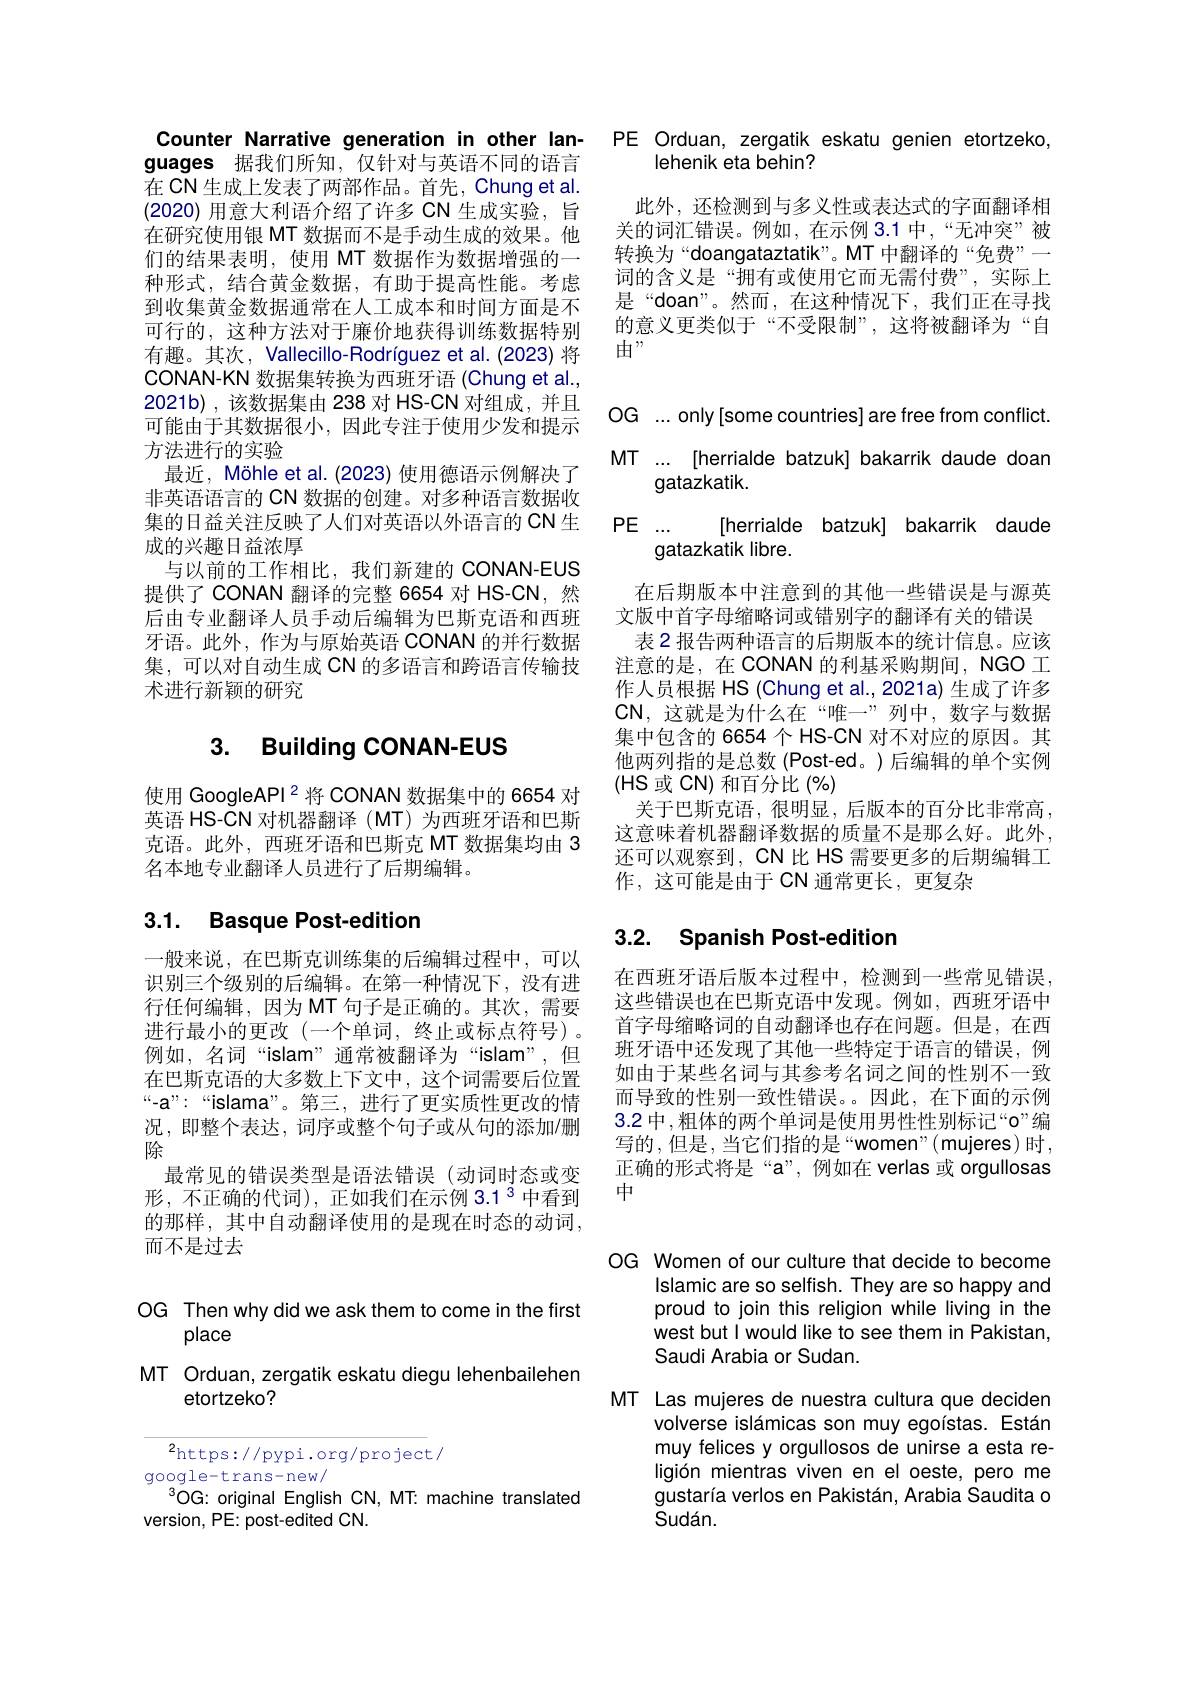
guages 据我们所知，仅针对与英语不同的语言在 CN 生成上发表了两部作品。首先，Chung et al. (2020)用意大利语介绍了许多 CN 生成实验，旨在研究使用银 MT 数据而不是手动生成的效果。他们的结果表明，使用 MT 数据作为数据增强的一种形式，结合黄金数据，有助于提高性能。考虑到收集黄金数据通常在人工成本和时间方面是不可行的，这种方法对于廉价地获得训练数据特别有趣。其次，Vallecillo-Rodríguez et al. (2023) 将CONAN-KN 数据集转换为西班牙语 (Chung et al., 2021b),该数据集由 238 对 HS-CN 对组成，并且可能由于其数据很小，因此专注于使用少发和提示方法进行的实验
最近，Möhle et al. (2023) 使用德语示例解决了非英语语言的 CN 数据的创建。对多种语言数据收集的日益关注反映了人们对英语以外语言的 CN 生成的兴趣日益浓厚
与以前的工作相比，我们新建的 CONAN-EUS 提供了 CONAN 翻译的完整 6654 对 HS-CN,然后由专业翻译人员手动后编辑为巴斯克语和西班牙语。此外，作为与原始英语 CONAN 的并行数据集，可以对自动生成 CN 的多语言和跨语言传输技术进行新颖的研究

# 3. Building CONAN-EUS

使用 GoogleAPI$^{2}$将 CONAN 数据集中的 6654 对英语 HS-CN 对机器翻译 (MT) 为西班牙语和巴斯克语。此外，西班牙语和巴斯克 MT 数据集均由 3名本地专业翻译人员进行了后期编辑。

# 3.1. Basque Post-edition

一般来说，在巴斯克训练集的后编辑过程中，可以识别三个级别的后编辑。在第一种情况下，没有进行任何编辑，因为 MT 句子是正确的。其次，需要进行最小的更改(一个单词，终止或标点符号)。例如，名词“islam”通常被翻译为“islam”,但在巴斯克语的大多数上下文中，这个词需要后位置“-a”:““islama”。第三，进行了更实质性更改的情况，即整个表达，词序或整个句子或从句的添加/删除
最常见的错误类型是语法错误(动词时态或变形，不正确的代词),正如我们在示例 3.1$^{3}$中看到的那样，其中自动翻译使用的是现在时态的动词， 而不是过去

OG Then why did we ask them to come in the first
place

MT Orduan, zergatik eskatu diegu lehenbailehen
etortzeko?

$^{2}$https://pypi.org/project/
google-trans-new/
$^{3}$OG: original English CN, MT: machine translated
version, PE: post-edited CN.

Counter Narrative generation in other lan- PE Orduan, zergatik eskatu genien etortzeko
lehenik eta behin?

此外，还检测到与多义性或表达式的字面翻译相关的词汇错误。例如，在示例 3.1 中，“无冲突”被转换为“doangataztatik”。MT 中翻译的“免费”— 词的含义是“拥有或使用它而无需付费”,实际上是“doan”。然而，在这种情况下，我们正在寻找的意义更类似于“不受限制”,这将被翻译为“自由”

OG ...only[some countries] are free from conflict. MT ... [herrialde batzuk] bakarrik daude doan
gatazkatik.
$PE ...$
[herrialde batzuk] bakarrik daude
gatazkatik libre.
在后期版本中注意到的其他一些错误是与源英文版中首字母缩略词或错别字的翻译有关的错误
表 2 报告两种语言的后期版本的统计信息。应该注意的是，在 CONAN 的利基采购期间，NGO 工作人员根据 HS (Chung et al., 2021a) 生成了许多$\mathbf{CN}$,这就是为什么在“唯一”列中，数字与数据集中包含的 6654 个 HS-CN 对不对应的原因。其他两列指的是总数(Post-ed。)后编辑的单个实例(HS 或 CN) 和百分比 (%)
关于巴斯克语，很明显，后版本的百分比非常高， 这意味着机器翻译数据的质量不是那么好。此外， 还可以观察到，CN 比 HS 需要更多的后期编辑工作，这可能是由于 CN 通常更长，更复杂

# 3.2. Spanish Post-edition

在西班牙语后版本过程中，检测到一些常见错误这些错误也在巴斯克语中发现。例如，西班牙语中首字母缩略词的自动翻译也存在问题。但是，在西班牙语中还发现了其他一些特定于语言的错误，例如由于某些名词与其参考名词之间的性别不一致而导致的性别一致性错误。。因此，在下面的示例3.2 中 ,粗体的两个单词是使用男性性别标记“o”编写的，但是，当它们指的是“women”(mujeres)时， 正确的形式将是“a”,例如在 verlas 或 orgullosas 中

OG Women of our culture that decide to become
Islamic are so selfish. They are so happy and proud to join this religion while living in the west but l would like to see them in Pakistan, Saudi Arabia or Sudan.

MT Las mujeres de nuestra cultura que deciden
volverse islámicas son muy egoístas. Están muy felices y orgullosos de unirse a esta religión mientras viven en el oeste, pero me gustaría verlos en Pakistán, Arabia Saudita o Sudán.